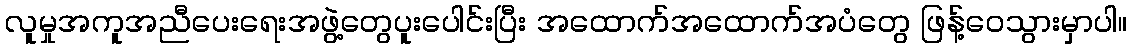
လူမှုအကူအညီပေးရေးအဖွဲ့တွေပူးပေါင်းပြီး အထောက်အထောက်အပံတွေ ဖြန့်ဝေသွားမှာပါ။